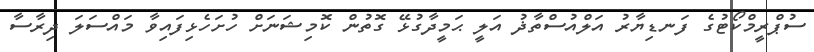
ސުޕްރީމްކޯޓުގެ ފަނޑިޔާރު އަލްއުސްތާޛު އަލީ ޙަމީދާގުޅޭ ގޮތުން ކޮމިޝަނަަށް ހުށަހެޅިފައިވާ މައްސަލަ ދިރާސާ